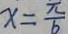
x = \frac { \pi } { b }